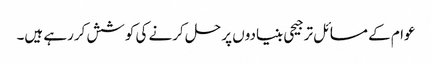
عوام کے مسائل ترجیحی بنیادوں پر حل کرنے کی کوشش کررہے ہیں۔